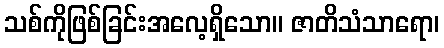
သစ်ကိုဖြစ်ခြင်းအလေ့ရှိသော။ ဇာတိသံသာရော၊